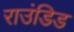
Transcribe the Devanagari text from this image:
राउंडिड